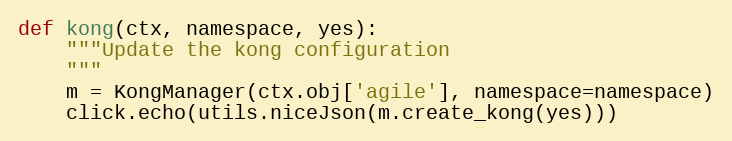
Language: Python
def kong(ctx, namespace, yes):
    """Update the kong configuration
    """
    m = KongManager(ctx.obj['agile'], namespace=namespace)
    click.echo(utils.niceJson(m.create_kong(yes)))